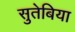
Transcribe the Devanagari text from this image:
सुतेबिया